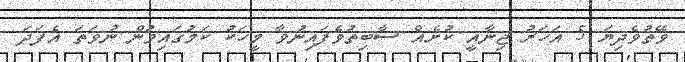
ވޭތުވެދިޔަ 5 އަހަރު ޖިނާއީ ކުށެއް ސާބިތުވެފައިނުވާ މީހަކު ކަމުގައިވުން ނުވަތަ އެފަދަ